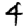
Digit: 4